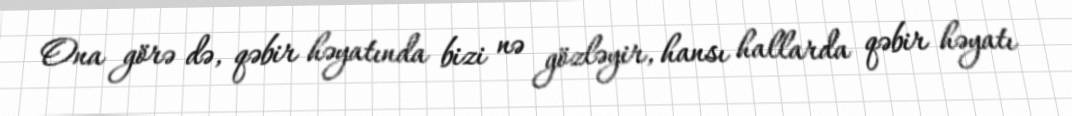
Ona görə də, qəbir həyatında bizi nə gözləyir, hansı hallarda qəbir həyatı